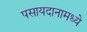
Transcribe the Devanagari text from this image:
पसायदानामध्ये